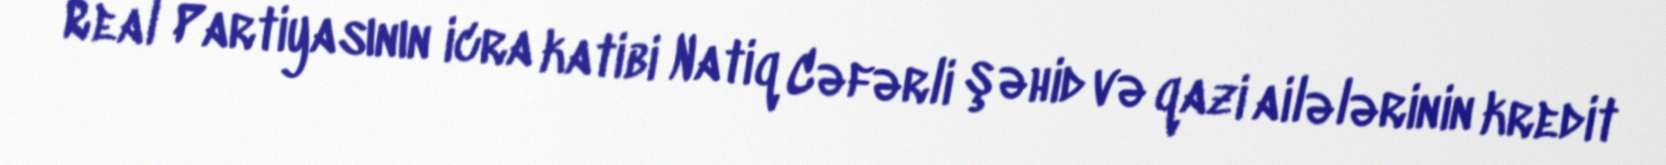
Real Partiyasının icra katibi Natiq Cəfərli şəhid və qazi ailələrinin kredit